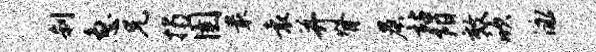
刹急兄揭圉最袁并脊晨站阳效欣泳